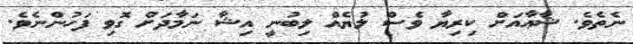
ނެތެވެ. ޝާޢާއަށް ކިރިޔާ ވެސް ލުޔެއް ލިބުނީ އިޝާ ނަމާދަށް ގޮވި ފަހުންނެވެ.